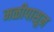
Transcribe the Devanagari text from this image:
मळीपासून